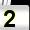
Digit: 2